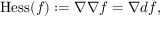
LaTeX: \operatorname { H e s s } ( f ) : = \nabla \nabla f = \nabla d f ,